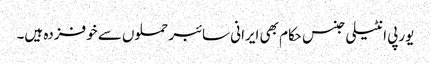
یورپی انٹیلی جنس حکام بھی ایرانی سائبر حملوں سے خوفزدہ ہیں۔